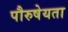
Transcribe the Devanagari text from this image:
पौरुषेयता